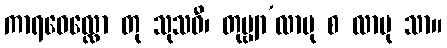
ကာရဝေလ္လော တု သုသဝီ၊ တုမ္ဗျာ’လာဗု စ လာဗု သာ။